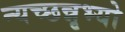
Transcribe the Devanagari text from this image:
न्यच्छन्नृभ्यो